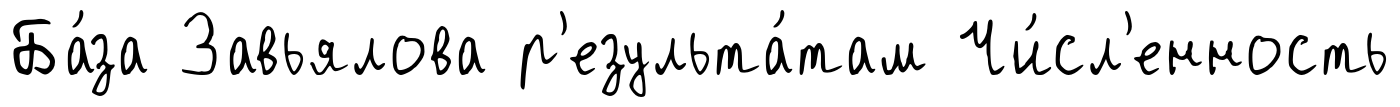
Ба́за Завьялова р'езульта́там Чи́сл'енность